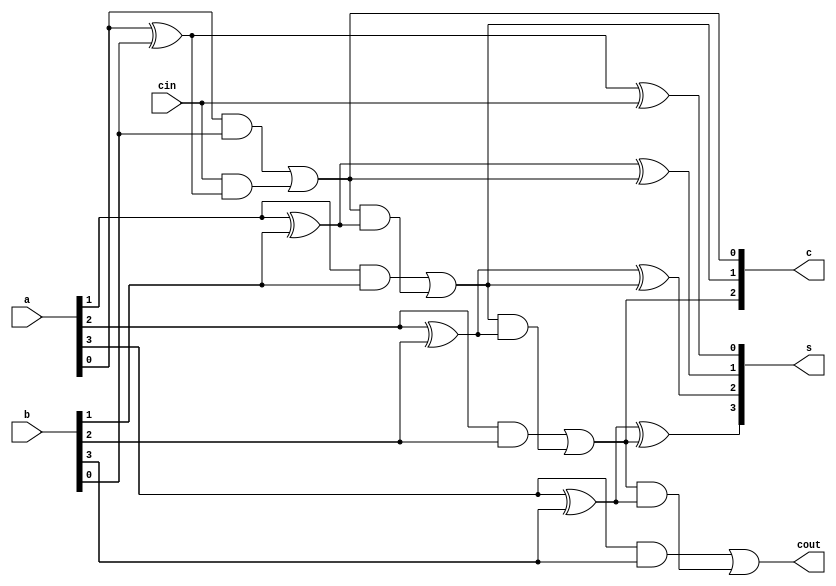
`timescale 1ns / 1ps
module four_bit_parallel_adder (a, b, cin, c, cout, s);
    input [3:0] a,b;
    input cin;
    output [3:0] s;
    output [3:1] c;
    output cout;
    assign s[0] = a[0] ^ b[0] ^ cin;
    assign c[1] = (a[0] & b[0]) | (cin & (a[0] ^ b[0]));
    assign s[1] = a[1] ^ b[1] ^ c[1];
    assign c[2] = (a[1] & b[1]) | (c[1] & (a[1] ^ b[1]));
    assign s[2] = a[2] ^ b[2] ^ c[2];
    assign c[3] = (a[2] & b[2]) | (c[2] & (a[2] ^ b[2]));
    assign s[3] = a[3] ^ b[3] ^ c[3];
    assign cout = (a[3] & b[3]) | (c[3] & (a[3] ^ b[3]));
endmodule